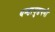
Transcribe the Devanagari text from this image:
थन्डायुडपनी